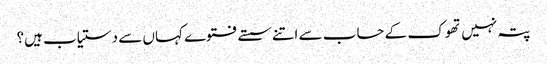
پتہ نہیں تھوک کے حساب سے اتنے سستے فتوے کہاں سے دستیاب ہیں؟